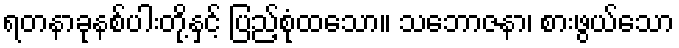
ရတနာခုနစ်ပါးတို့နှင့် ပြည့်စုံထသော။ သဘောဇနာ၊ စားဖွယ်သော